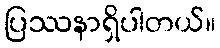
ပြဿနာရှိပါတယ်။